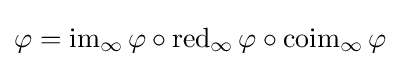
\varphi =\operatorname {im} _{\infty }\varphi \circ \operatorname {red} _{\infty }\varphi \circ \operatorname {coim} _{\infty }\varphi